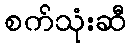
စက်သုံးဆီ